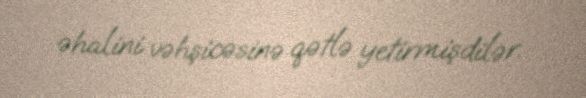
əhalini vəhşicəsinə qətlə yetirmişdilər.